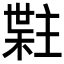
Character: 𬃯